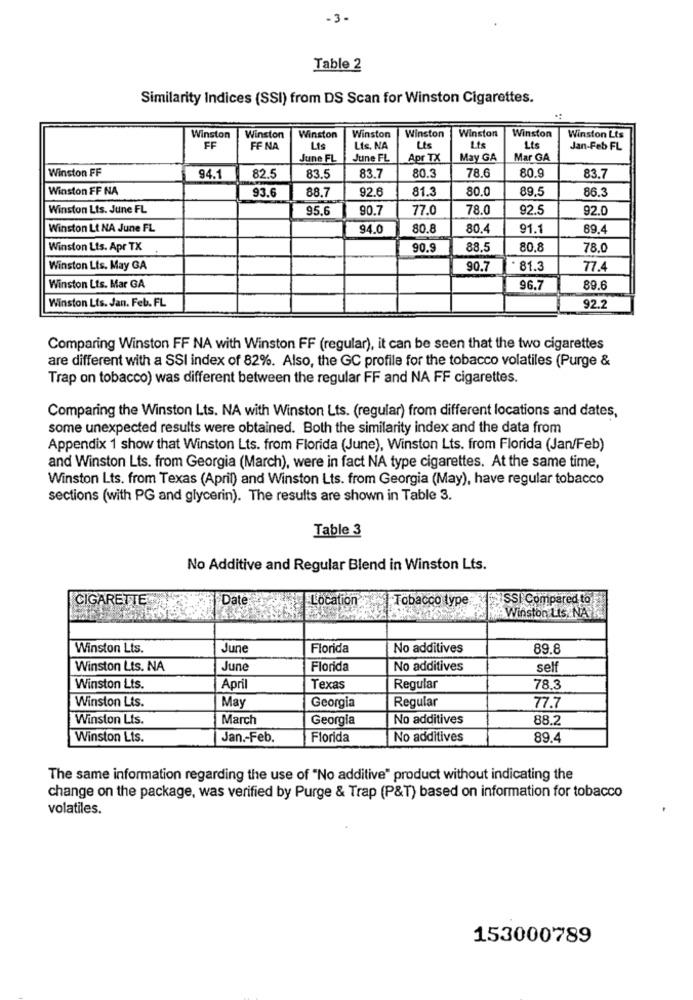
-3-
Table 2
Similarity Indices (SSI) from DS Scan for Winston Cigarettes.
Winston
Winston
Winston
Winston
Winston
Winston
Winston
Winston Lts
FF
FF NA
Lis
Lts. NA
Lis
Lts
Lts
Jan-Feb FL
June FL
June FL
Apr TX
May GA
Mar GA
Winston FF
78.6
80.9
94.1
82.5
83.5
83.7
80.3
83.7
Winston FF NA
93.6
92.6
81.3
80.0
89.5
86.3
88.7
Winston Lts. June FL
95.6
90.7
77.0
78.0
92.5
92.0
Winston Lt NA June FL
94.0
80.8
80.4
91.1
89.4
Winston Lts. Apr TX
90.9
88.5
80.8
78.0
Winston Lts. May GA
90.7
81.3
77.4
Winston Lts. Mar GA
96.7
89.6
Winston Lts. Jan. Feb. FL
92.2
Comparing Winston FF NA with Winston FF (regular), it can be seen that the two cigarettes
are different with a SSI index of 82%. Also, the GC profile for the tobacco volatiles (Purge &
Trap on tobacco) was different between the regular FF and NA FF cigarettes.
Comparing the Winston Lts. NA with Winston Lts. (regular) from different locations and dates,
some unexpected results were obtained. Both the similarity index and the data from
Appendix 1 show that Winston Lts. from Florida (June), Winston Lts. from Florida (Jan/Feb)
and Winston Lts. from Georgia (March), were in fact NA type cigarettes. At the same time,
Winston Lts. from Texas (April) and Winston Lts. from Georgia (May), have regular tobacco
sections (with PG and glycerin). The results are shown in Table 3.
Table 3
No Additive and Regular Blend in Winston Lts.
CIGARETTES
Date
Tobacco type:
SSI Compared to
Location
Winston Lis NA
Winston Lts.
June
Florida
No additives
89.8
Winston Lts. NA
June
Florida
No additives
self
Winston Lts.
April
Texas
Regular
78.3
Winston Lts.
Regular
May
Georgia
77.7
Winston Lts.
March
Georgia
No additives
88.2
Winston Lts.
Jan .- Feb.
Florida
No additives
89.4
The same information regarding the use of "No additive" product without indicating the
change on the package, was verified by Purge & Trap (P&T) based on information for tobacco
volatiles.
153000789